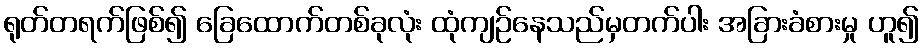
ရုတ်တရက်ဖြစ်၍ ခြေထောက်တစ်ခုလုံး ထုံကျဉ်နေသည်မှတက်ပါး အခြားခံစားမှု ဟူ၍